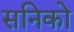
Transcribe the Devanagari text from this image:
सनिको